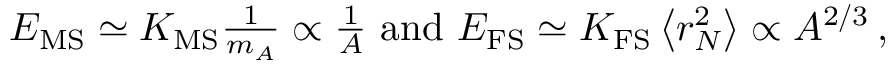
\begin{array} { r } { \! \! \! \! \! \! \! E _ { \mathrm { M S } } \simeq K _ { \mathrm { M S } } \frac { 1 } { m _ { A } } \propto \frac { 1 } { A } \, \, \mathrm { a n d } \, \, E _ { \mathrm { F S } } \simeq K _ { \mathrm { F S } } \left< r _ { N } ^ { 2 } \right> \propto A ^ { 2 / 3 } \, , } \end{array}